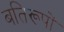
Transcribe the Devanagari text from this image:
बतिरूपों